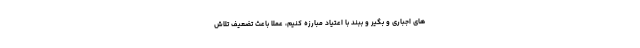
های اجباری و بگیر و ببند با اعتیاد مبارزه کنیم، عملا باعث تضعیف تلاش